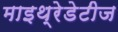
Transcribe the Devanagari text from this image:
माइथ्रेडेटीज